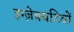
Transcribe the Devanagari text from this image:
इग्ज़ेक्यटिवों